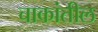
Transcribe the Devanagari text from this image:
चाकांतील